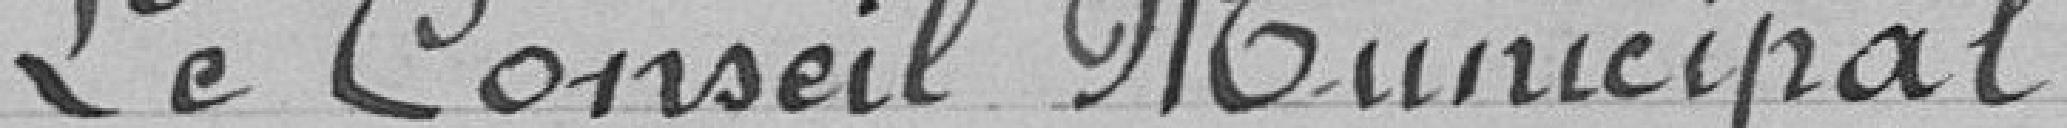
Le Conseil Municipal